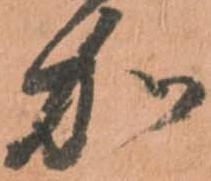
加